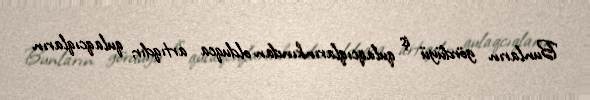
Bunların gördüyü iş qulaqcıqlarınkından olduqca artıqdır; qulaqcıqların